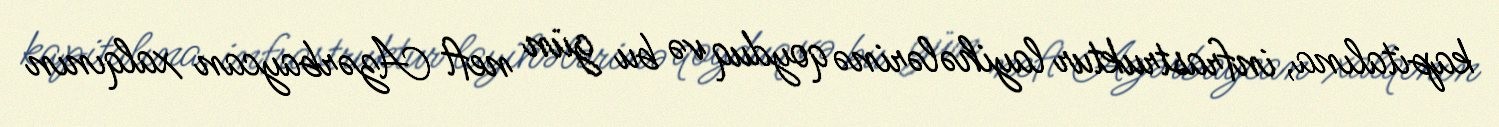
kapitalına, infrastruktur layihələrinə qoyduq və bu gün neft Azərbaycan xalqının